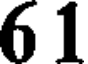
6 1